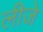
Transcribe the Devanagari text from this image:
लीजे